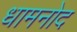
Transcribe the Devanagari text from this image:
धामनोद